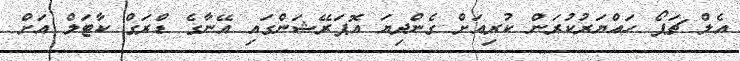
އެލް ޗަޕޯ ހައްޔަރުކުރަން ކުރިއަށް ގެންދިޔަ އޮޕަރޭޝަންގައި އޭނާގެ ޑްރަގް ކާޓަލް އަށް